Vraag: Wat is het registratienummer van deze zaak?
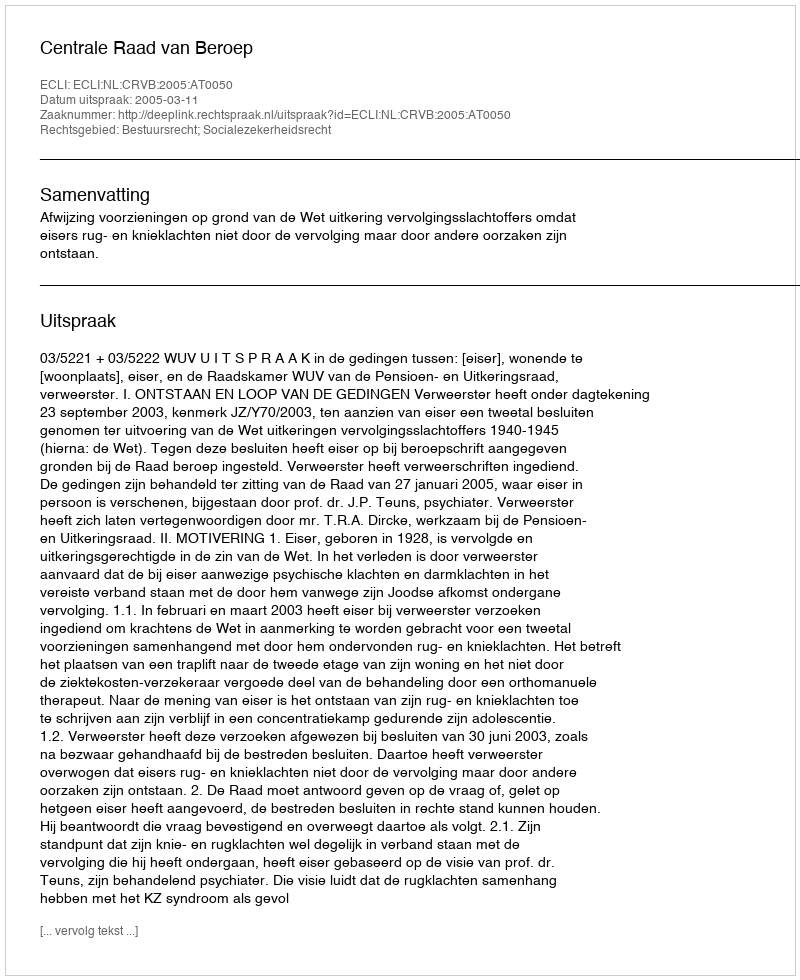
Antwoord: http://deeplink.rechtspraak.nl/uitspraak?id=ECLI:NL:CRVB:2005:AT0050